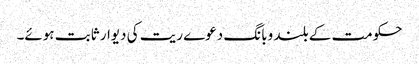
حکومت کے بلند وبانگ دعوے ریت کی دیوار ثابت ہوئے۔